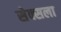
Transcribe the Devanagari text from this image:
सेक्सला